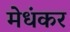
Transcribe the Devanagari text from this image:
मेधंकर